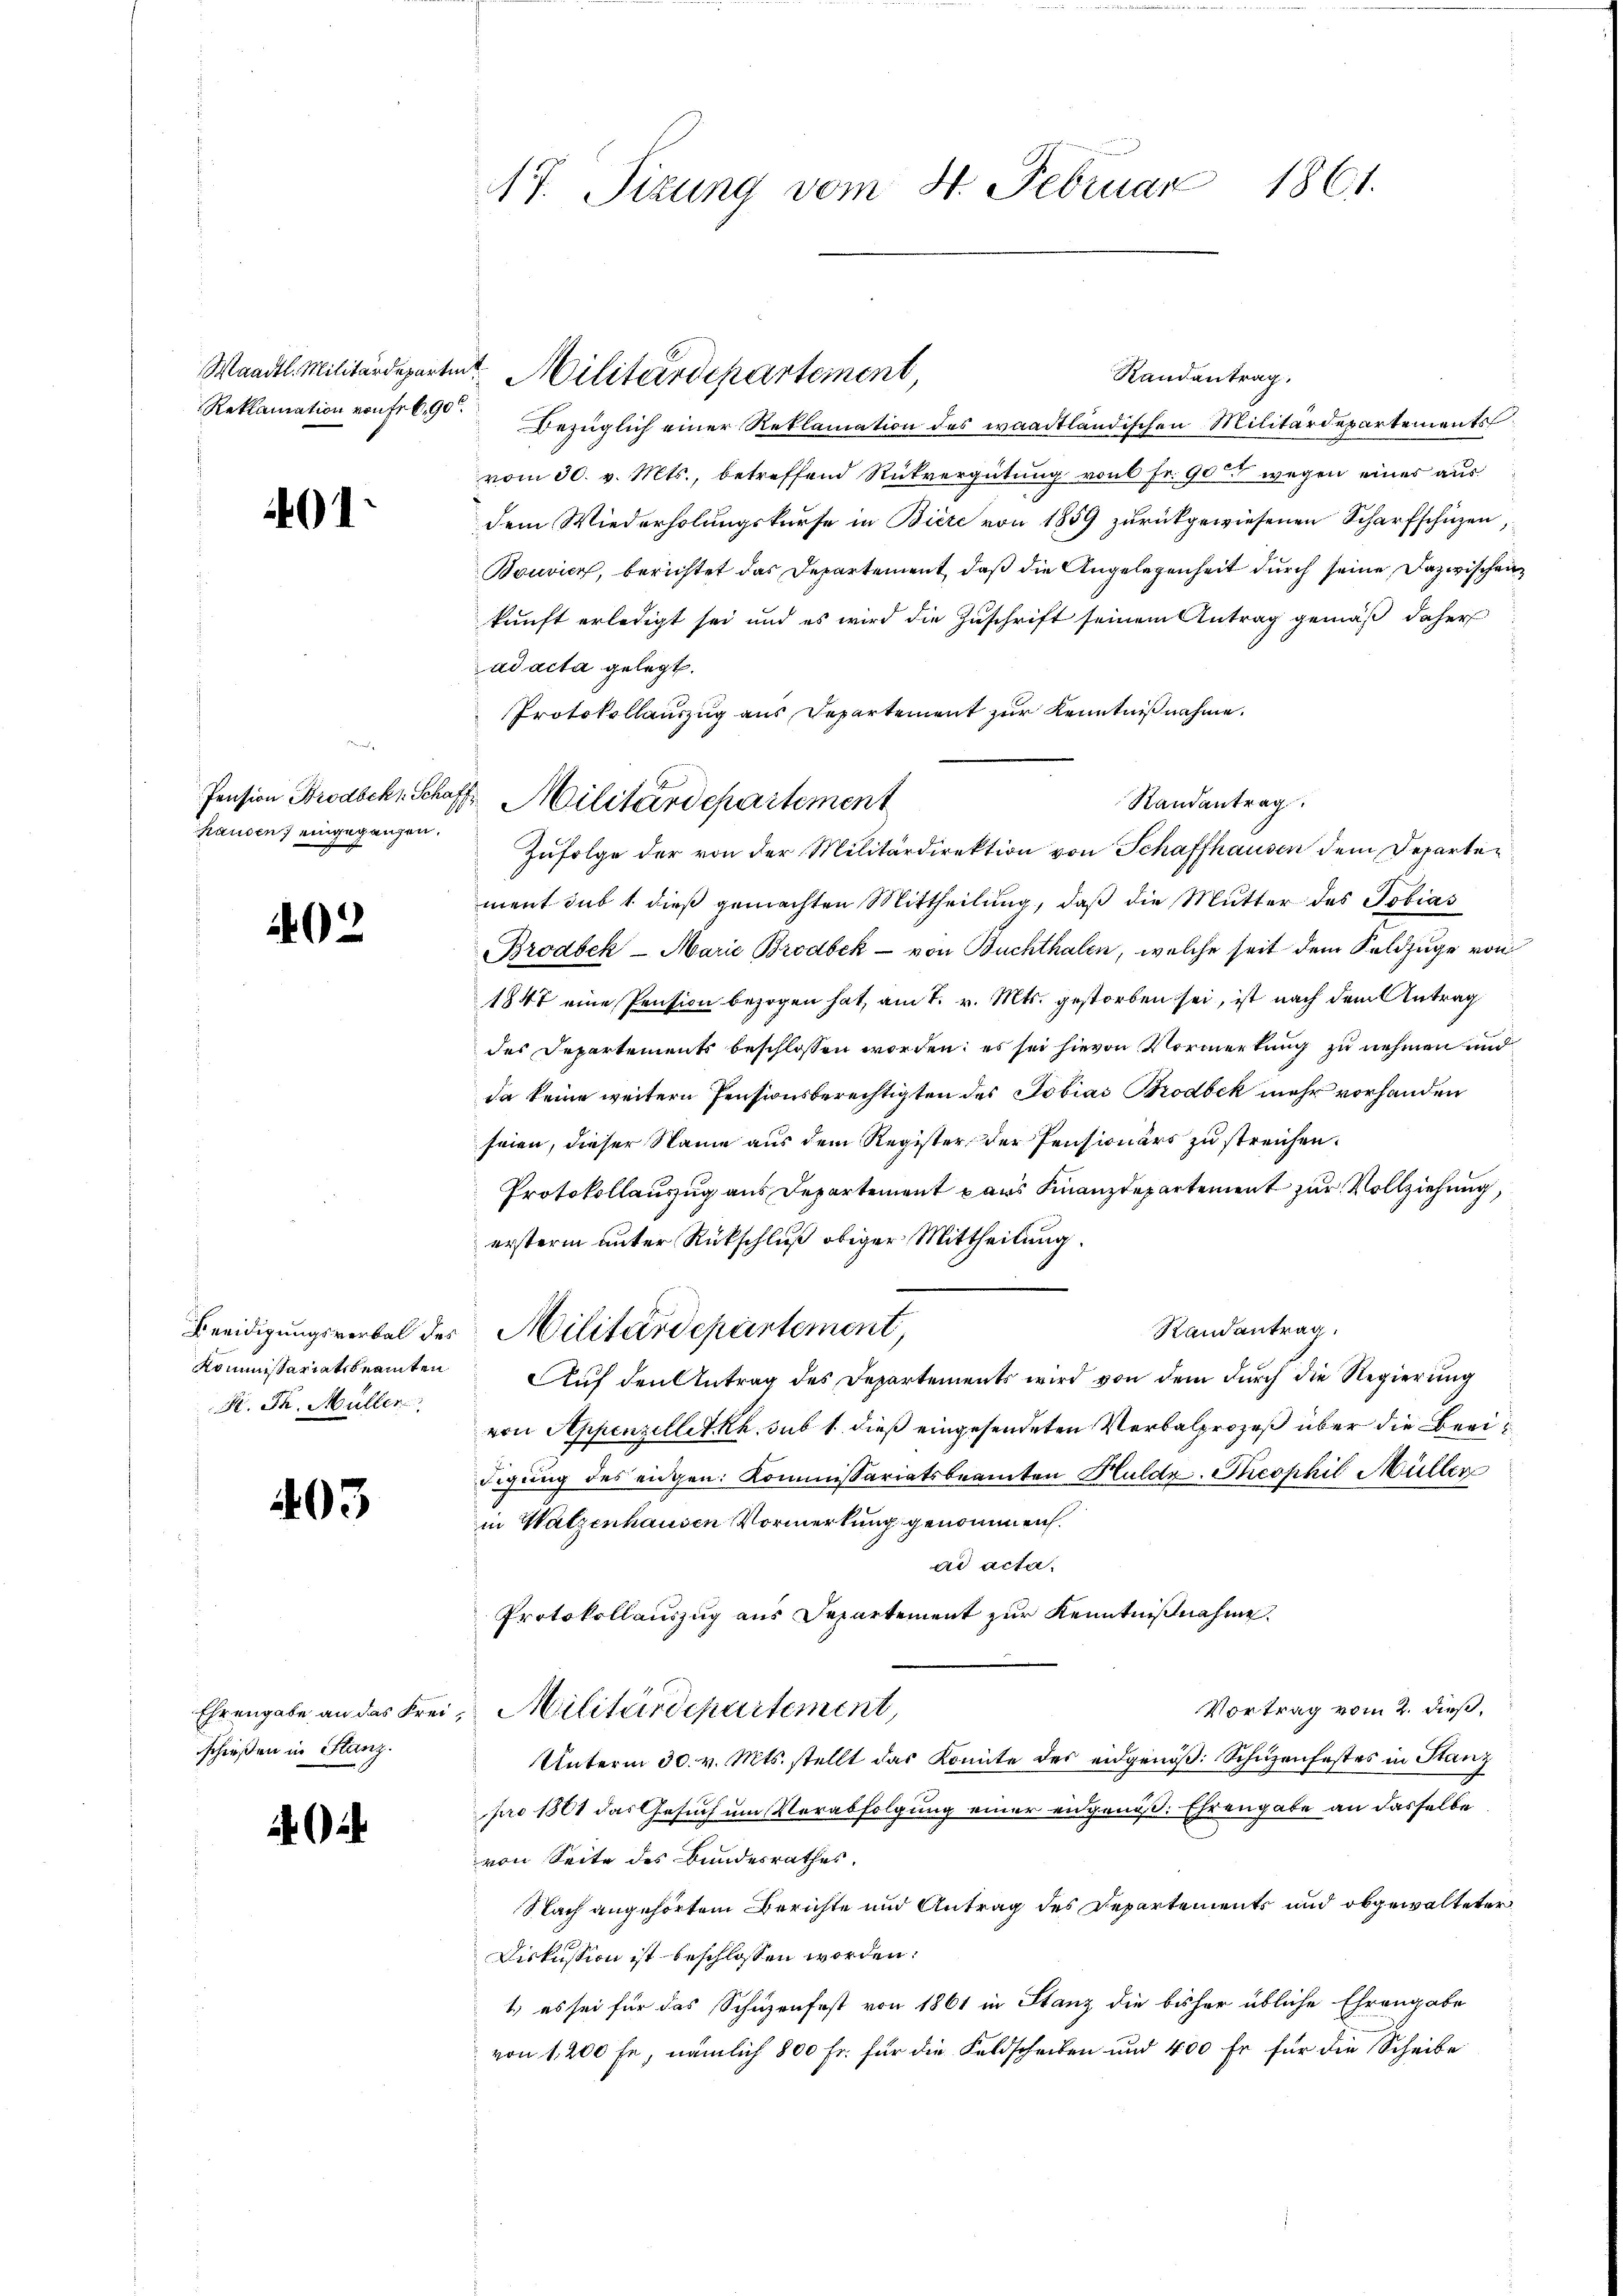
Maadtl. Militärdeparti

401

g
hausen) eingegangen.

402

Kommissariatsbeamten
K. Th. Müller

403

schießen in Stanz.

2

17. Sizung vom 4. Februar 1861.

Randantrag.
Reklamation von Frk. 90 bezüglich einer Reklamation des waadtländischen Militärdepartements
vom 30. v. Mts., betreffend Rückvergütung von 6 Fr. 90 wegen eines aus
dem Wiederholungskurse in Biere von 1859 zurückgewiesenen Scharfschüzen,
Bouvier, berichtet das Departement, daß die Angelegenheit durch seine Dazwischen
kunft erledigt sei und es wird die Zuschrift seinem Antrag gemäß daher
ad acta gelegt.
Protokollauszug aus Departement zur Kenntnißnahme.
Randantrag
Zufolge der von der Militärdirektion von Schaffhausen dem Departement sub 1. dieß gemachten Mittheilung, daß die Mutter des Tobias
Brodbek - Marie Brodbek - von Buchthalen, welche seit dem Feldzuge von
1847 eine Pension bezogen hat, am 7. v. Mts. gestorben sei, ist nach dem Antrag
des Departements beschlossen worden; es sei hievon Vormerkung zu nehmen und
da keine weitern Pensionsberechtigten des Tobias Brodbék mehr vorhanden
seien, dieser Name aus dem Register der Pensionärs zu streichen.
Protokollauszug aus Departement pars Finanzdepartement zur Vollziehung,
erstern unter Rückschluß obiger Mittheilung.
Randantrag.
Beeidigungsverbal des Militärdepartement,
Auf den Antrag des Departements wird von dem durch die Regierung
von Appenzellet Rh. sub 1. dieß eingesendeten Verbalprozeß über die Beeidigung des eidgen: Kommissariatsbeamten Huldz. Theophil Müller
in Walzenhausen Vormerkung genommen.
ad acta.
Protokollauszug aus Departement zur Kenntnißnahme.
Vortrag vom 2. dieß,
Ehrengabe an das Frei, Militärdepartement,
Unterm 30. v. Mts. stellt das Komite des eidgenöß: Schüzenfestes in Stanz
pro 1861 das Gesuch um Verabfolgung einer eidgenoß: Ehrengabe an dasselbe
von Seite des Bundesrathes.
Nach angehörtem Berichte und Antrag des Departements und obgewalteter
Diskussion ist beschlossen worden.
1.) es sei für das Schuzenfest von 1861 in Stanz die bisher übliche Ehrengabe
von 1,200 fr, nämlich 800 Fr. für die Feldscheiben und 400 fr für die Scheibe

et. Militärdepartement,

Pension Brodschr. Schaft Militärdepartement